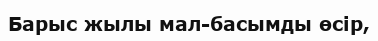
Барыс жылы мал-басымды өсір,